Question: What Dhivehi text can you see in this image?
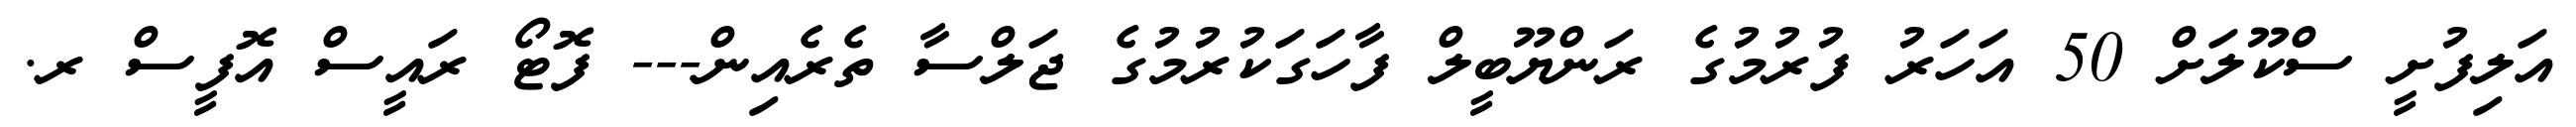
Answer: އަލިފުށީ ސްކޫލަށް 50 އަހަރު ފުރުމުގެ ރަންޔޫބީލް ފާހަގަކުރުމުގެ ޖަލްސާ ތެރެއިން--- ފޮޓޯ ރައީސް އޮފީސް ރ.